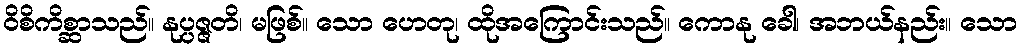
ဝိစိကိစ္ဆာသည်။ နုပ္ပဇ္ဇတိ၊ မဖြစ်။ သော ဟေတု၊ ထိုအကြောင်းသည်။ ကောနု ခေါ၊ အဘယ်နည်း။ သော